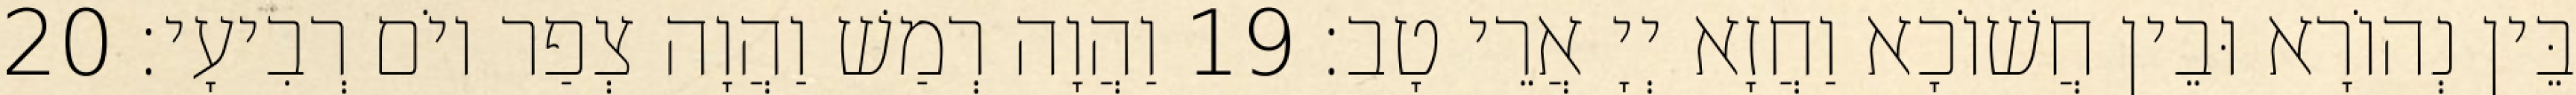
בֵּין נְהוֹרָא וּבֵין חֲשׁוֹכָא וַחֲזָא יְיָ אֲרֵי טָב׃ 19 וַהֲוָה רְמַשׁ וַהֲוָה צְפַר יוֹם רְבִיעָי׃ 20